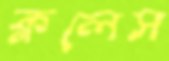
ক্ললেস